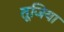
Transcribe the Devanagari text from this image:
तूजिया